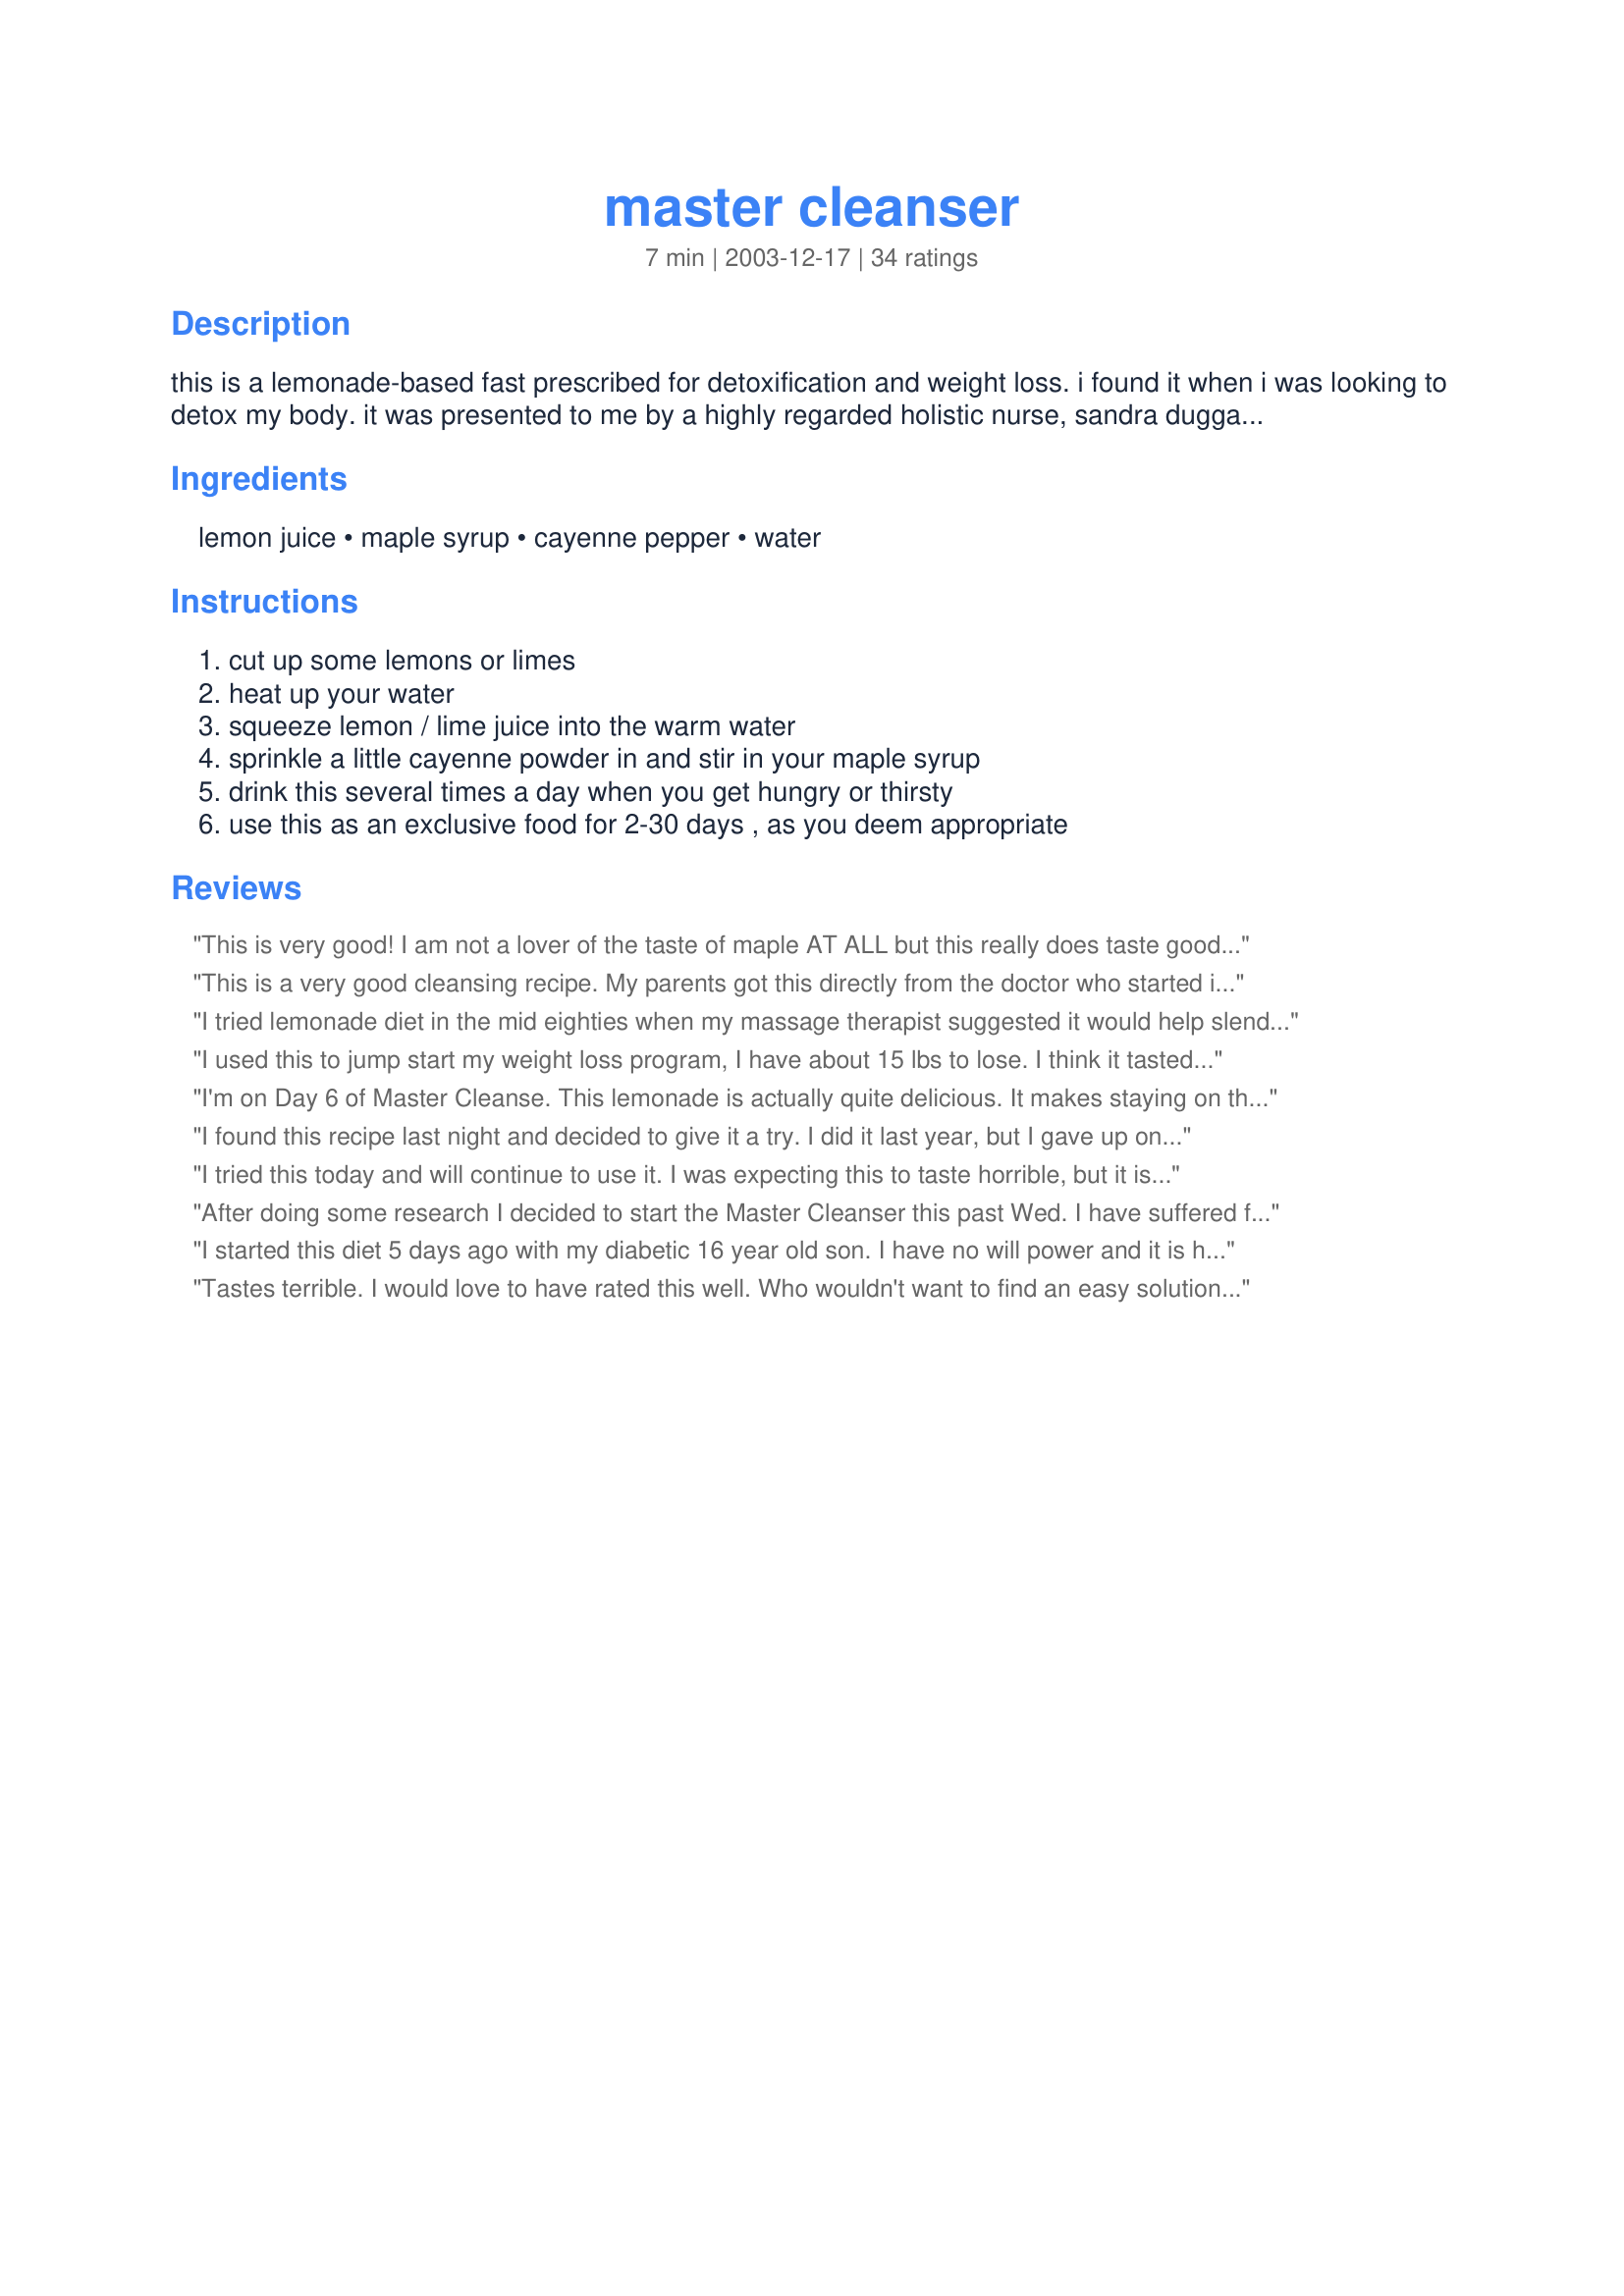
master cleanser
Preparation time: 7 minutes

this is a lemonade-based fast prescribed for detoxification and weight loss. i found it when i was looking to detox my body. it was presented to me by a highly regarded holistic nurse, sandra duggan, who is one of the co-founders of the cayce-reilly school of massotherapy at the are. according to the book she gave me, this is a healthy way to fast because between the lemons and the maple syrup you get all the micronutrients you need to sustain the body. grade b syrup has higher contents of those macronutrients so use it if you can find it. also, organic lemons are best. you can leave out the cayenne if you are spice-averse; its role is to help break up toxic deposits within the body. the citrus can do that as well; the cayenne just helps it go faster. it would be well to get a colonic during the time of your fast in order to aid along the detox/weight loss process. i used the fast for 2 days and lost 10 lbs that week (though weight loss was not my goal). use this fast with spiritual goals in mind and you can achieve great results.

Ingredients:
lemon juice, maple syrup, cayenne pepper, water

Steps:
cut up some lemons or limes, heat up your water, squeeze lemon / lime juice into the warm water, sprinkle a little cayenne powder in and stir in your maple syrup, drink this several times a day when you get hungry or thirsty, use this as an exclusive food for 2-30 days , as you deem appropriate

Reviews:
This is very good! I am not a lover of the taste of maple AT ALL but this really does taste good! I used it to make my hunger go away without knowing that’s what I was doing. When I would make this I would drink it and the hunger pang I had in my stomach went away. I have to admit that I could only go as long as 8PM this way BUT I did lose 4 pounds… I needed that to kick start me into losing some of my baby fat! Try this, you really have nothing to lose, except of course maybe a couple of pounds…lol!
This is a very good cleansing recipe. My parents got this directly from the doctor who started it (dr. Bragg) in hawaii and during their vacation the used this cleanser and lost quite a lot of weight (this was close to thirty years ago),glad to see it is still around, have been searching for the exact recipe for quite a while. Will be using it again soon.
I tried lemonade diet in the mid eighties when my massage therapist suggested it would help slenderize my hips and thighs. She told me I could purchase the syrup at the health store and all I had to do was add water...long story short, it was rewarding and did what it sauid it would...a few years later another person made me aware of the master cleanser..which I quickly realized was the lemonade diet...except this time they were talking about using fresh organic lemons and cayenne pepper or the juice of the cayenne pepper and of course sprig or distilled even purified water..i like this one the best..the freshness of everything..then I was advised to pump it up with the rind and garlic cloves..i must tell you it was amazing...i stayed on for a minimum of ten days and the results have been phenomonal! My body is as firm and toned as if I have been in the gym...i di and still do walk three to five miles every day...but the weight lost is only a bonus...my skin is healthy and I actually appear much younger...a lot younger...i have incredible energy and my dreams are very vivid...allergies have cleared up...i am a singer and one who seems to suffer with mucus..because of the allergies to smoke..because of various environments that I cannot control I am the victim. Well since I have introduced the master cleanser into my life my voice is clear and scratchy free...and smooth...i recommend this for any singer or speaker. Well I could go on and on about how fabulous this health is because I can see so many results...mentally, physically and spiritually.

I'm going for the forty days my next go round. 

By the way..it taste so good that you don't suffer the expected hunger pangs... of course you know that this requires a deep desire to improve your health and takes discipline and will power or vanity...if you make it a spiritual journey you will reciev many benefits as you do what is right!
I used this to jump start my weight loss program, I have about 15 lbs to lose. I think it tasted great and I just ran some plain water through my coffee maker so the water would be warm when I wanted to drink some. Unfortunately, I could only make it to about 6:00 p.m. and had to have a salad for dinner. Thank you for helping start my weight loss program it really gave me the incentive to keep going. Thank you.
I'm on Day 6 of Master Cleanse. This lemonade is actually quite delicious. It makes staying on this fast very easy! I've lost 6 lbs so far but I'm not doing this for weight loss. I've lost half an inch off my waist. I wish it slimmed down my hips and thighs but alas, those are the stubborn areas. I would highly recommend the "lemonade diet" to anyone for added health benefits. It has also cleared up my acne and my past acne scars are started to lighten.
I found this recipe last night and decided to give it a try. I did it last year, but I gave up on night 2 due to headaches. This time I plan to stick with it for the full 10 days. I'm almost done day 1 and it was way easier this time than it was last time. I know a lot of people don't like the lemonade but I love spicy foods and I think it tastes great. Thanks for sharing!
I tried this today and will continue to use it. I was expecting this to taste horrible, but it is actually not that bad! I love the cayenne pepper flavor... I used a very tiny bit. I didn't have Grade B syrup, so I used Grade A instead. I will add that the best way to drink this is with the warm water and with a straw. It makes it go down much, much easier :)
After doing some research I decided to start the Master Cleanser this past Wed. I have suffered from chronic fatigue and fibromyalgia for the past 5 years. I've been put on 6 different anti-depressants that have only seemed to make me gain weight and feel worse. When I made the decision to start on the Master Cleanser, I also decided that since I would most likely be feeling less than wonderful the first few days on the diet I might as well get myself off the drugs that weren't helping me anyway. This way I could get my system completely cleansed of toxins. Well, this is my 4th day on the program and I was amazed at the weight loss I've had. 5 pounds the first day!!! I'm at a total of 8 1/2 pounds right now and I'm feeling pretty good. I noticed more energy today than I've had the last couple of days, so, I'm assuming it's working the way it should. I'm shooting for the 10 days right now, but hopefully I'll be able to go as long as I need to to get my strength and energy back to where they should be. I can't wait! I hope it works as well for me as it has for the rest of you. Thanks for your postings...I feel more motivated than ever.
I started this diet 5 days ago with my diabetic 16 year old son. I have no will power and it is hard for me to go without eating, and I worry about my son being diabetic. It is so important for him to keep his weight down. I stayed on the diet for 2 days and then went on to my ww plan, it definatly gave me a jump start. My son did well, but got tired of the drink. He takes the syrup in a spoon, downs the lemon juice from a shot glass and drinks the water. He has been on this diet for 5 days and has went to eating 1 small but healthy meal a day and drinking this 2 times, in 5 days he has lost 10 pounds. He is feeling great and being careful with what he eats. He researched the web site recomended by another rater and read that being diabetic he should start with molasses in place of maple syrup. Thanks for a great recipe. I am so happy my son is doing so well looseing weight and eating healthy. I think we all should try this and detox our bodies. Thanks for posting.
Tastes terrible. I would love to have rated this well. Who wouldn't want to find an easy solution to weight loss???!!!!
I drink this because it is very good for one's liver (and other organs) and also tastes delicious. The original recipe calls for one to put the juice, syrup, and 1/10 teaspoon cayenne pepper in a 10-ounce glass and fill with medium hot water, although cold water may be used if preferred. Some have interpreted a 10-ounce glass to mean 8 ounces of actual water. I use 10 drops of liquid cayenne pepper drops. <br/><br/>The recipe for a 60 oz. (daily) serving is:<br/>60 ounces of filtered water<br/>12 Tablespoons (6 ounces) of organic grade B maple syrup<br/>12 Tablespoons (6 ounces) of organic lemon juice<br/>1/2 Teaspoon cayenne pepper powder<br/><br/>One reviewer mentioned that honey can be substituted for the maple syrup. The original book states "honey must NOT be used at any time internally. It is manufactured from the nectar picked up from the flowers by the bees, pre-digested, vomited and stored for their own future use with a preservative added. It is deficient in calcium and has many detrimental effects for the human being."<br/><br/>Other recommendations are to keep it in a glass jar and also to rinse your mouth with water after each glass to prevent tooth enamel damage.
Not sure of any of the benefits because I just made this tonight...BUT the taste is wonderful! So refreshing and light. I wanted something hot to drink because it's a little chilly here but didn't want anything coffee or creamy. This was perfect! Thanks for posting.
My mother used to give me hot water with lemon and honey when I have a cold or sore throat. This recipe reminds me of that except it's nice and spicy. It felt really good going down my throat. I don't think I can just drink this stuff exclusively for 2 days. I'm the kind of person who gets a migraine if I don't eat within 1 hour of my meal time. But I will definitely be drinking lots of this for whatever purpose it serves! Thanks for sharing!
I give this four stars because it led me to the book thanks to a review on here, but the whole cleanse isn't in this and the entire thing is very important. 

I'm just finishing up the raw fruit and vegetable day after 14 days of fasting. and two juice days, and tomorrow is normal eating again. I as well recommend getting the book called 'The Master Cleanser' and reading it closely. 

I've read other reviews and I have to smile, this is no easy weight loss solution, and the stuff isn't something pleasurable to drink. The biggest part of this cleanse is to detoxify your body. I've lost fifteen pounds, which is a nice bonus, but detoxing to me is more important. 

I'm also diabetic and had to add protein powder and a twinlab super enzyme into my routine on this to keep my blood glucose level. If you are diabetic, take precautions.
The master cleaner is amazing, I lost 15 pounds and I grew 2 inches, I thought I was done growing, because I am 19, but it was so crazy. I forgot about food during this diet. I was so happy.
Not sure how plausible this is ... in the nutrition panel alone you can see this does not give you sufficient micronutrients.
My friend is giving it a go however.
Good stuff. As I am fasting for spiritual reasons, any health or weight loss benefit is just icing on the cake. And, I do like icing. For Spiritual healing, also look at Pastor Henry Wright's "A More Excellent Way" and Doc Colbert's "Toxic Emotions".
This is my first day on the diet and I feel great so far. The recipe was very easy to make.
Wow this actually tasted pretty good. I used lime juice but only had sugar free maple syrup. I know that kind of defeats the purpose of the detox but I just really wanted to try it. I cannot wait to make this again with real pure maple syrup. I also watched a TV program and they said you can replace the syrup with honey also. This is great considering all the benefits it provides to your mind and body. Thanks a lot for posting this. It will become a regular for me!
I found this recipe ages ago and keep thinking about it, but never really remembering to look it up! So, I'm glad I revisited it! First of all, I like the spicy lemony taste of this - as opposed to my usual lemon water I drink first thing in the a.m. It's a nice change. Anyway, I had this yesterday, for the frist time and I literally felt less bloated and especially in my belly! I even wore a skin tight top! I stopped by my Mom's mid-afternoon, and my mom said several times how slim I looked :-o And not that she doesn't compliment me, but she doesn't do it all the time. I really felt the difference too - so add 'em together and I'm sooooo going to keep this up! I'm not able to fast this week 'cuz I'm going on vacation (You have to eat on vacay!), but I will have this for my breakfast, and then drink lemon water during the day and see how it goes... I'll let you know. Thanks for this - I am so glad to find it.
This is my first day to try Master Cleanser and the taste is really good. I look forward to the results. I plan on staying on the plan for 21 days.
I've used this drink for many years as a detox/cleanse whenever I feel I've temporarily abused my body with too much food. The book called THE MASTER CLEANSER also includes a water and salt flush to cleanse the digestive system. Thank you for posting a very healthful recipe! Sincerely, Sherry Belle
i tried this recipe in just two days and i already can see a result my stomach is not as bloated and i feel so much more alive. THANKS!!!
I've been on this for six days now - I have never been able to diet or fast before, this is easy. It tastes nice, I don't feel hungry (every time I do I simply drink a mix), I like not having to bother making food - I just prepare three litres of lemonade in the morning. I have been feeling very cold, so I will try adding cayenne pepper tomorrow.

PS: I don't know whether I have lost any weight, since I don't own a scale, but my pants definately feel looser!
I had this for breakfast this morning. I guess I'm kind of cayanne naive - I used an eighth of a tsp and found it to be waaayy too much - even for 12 oz of water. I made another batch, however, and it was good, not too sour like plain lemon and water, and with the same detoxifying properties.
Today is the completion of the second time that I have completed the Master Cleanse. This time around, I completed 14 days (which was my goal), and am eagerly looking forward to cooking and baking again..for someone other than my puppy ;) I love the MC, because it is a great way to detox your body from so many things that accumulate in it over time. I try to do this once every 6 months, and am always full of energy and have great mental clarity. It is definitely a cleanse that you need to prepare yourself for mentally, and it also helps to show you what kind of role food plays in your life.
Today is Friday and I started this plan on Monday...so far I have lost 12lbs!! So I am going to see how long I can stay on it...so far I have had no problems. Thank you for posting this recipe.
i found this extremely easy to follow, no hunger pangs whatsoever and could still continue to exercise, without feeling tired. so now when i feel like a detox i use this recipe, i also lost two pounds.
Really does it's job - cleansing. The taste takes some getting used to, though. I kept trying to psych myself into thinking of it as tea ... that worked for the most part. In the meantime, I did shed a couple pounds, and noticed a big difference in my facial complexion!! Though the taste is icky to me, I will be using this again!
I'm drinking this right now and it tastes pretty good. I like the lemon/maple contrast and the hint of heat from the cayenne (for me a scanty 1/8 tsp). I can't comment yet on how helpful it is.
I am drinking this along with a very strict diet I have been put on. 80% raw food, 20% cooked. All fruits, vegetables, and whole grains. No oils except extra virgin olive oil. No dairy, no meats, no sugar. I was also told to drink 4 lemons a day in 3 cups water with honey to sweeten(to dissolve gall stones). So this drink fits right in. Thanks!
So far so good...i hope i don't anger people by not really using this the way it was intended! I am trying to get healthier and quit smoking. LOVE lemon (i'm Greek!) so I am hoping this will help get me on a good track!!! Besides, it tastes good and it's soothing. How bad can that be?!
The posting of this fast is incomplete. For those looking to do more than loose weight you may find this book of interest, "Healing For The Age Of Enlightenment". It was originally written by Stanley Burroughs in 1976. This book explains in detail how and why The Master Cleanser or Lemonade Diet works to heal the body of all kinds of diseases which modern medicine can't. Doing this fast/diet I was able to heal my body of fibroids and endometriosis. I do this fast/diet 3-4 times a year for 10-40 days. This is a very intense diet but it works, especially when backed up with meditation. I haven't needed a doctor since stumbling on to this book.
I'm on this cleanse for the second time(day 7) along with my husband. It's very mentally challenging, and it's amazing that your body can go so long without food. Someone once said this cleanse is like hitting the 'reset button' on your body. I highly recommend this cleanse. IMPORTANT: Make sure that before you do this cleanse you read the book, " The Master Cleanser"(it's cheap-6 bucks) by Stanly Burroughes (the creator of the diet)to make sure you are following the diet correctly and know exactly how you need to break the fast.
